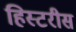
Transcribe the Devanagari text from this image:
हिस्टरीस